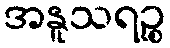
အနူသရဉ္စ